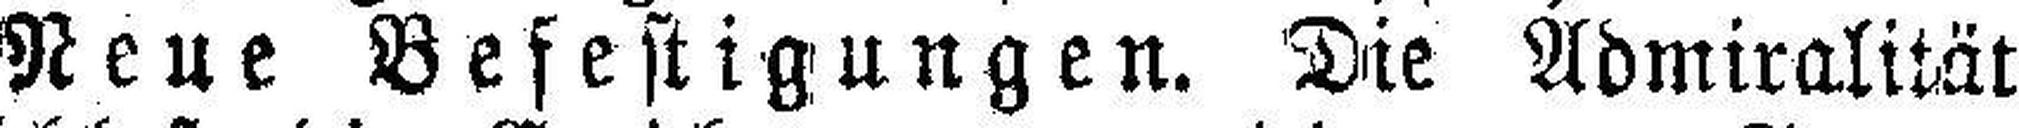
Neue Befestigungen. Die Admiralität